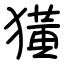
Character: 獚